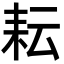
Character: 耘